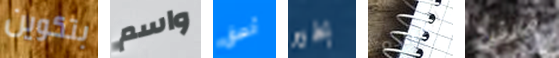
بتكوين واسم ألصق بخير القياده مارش